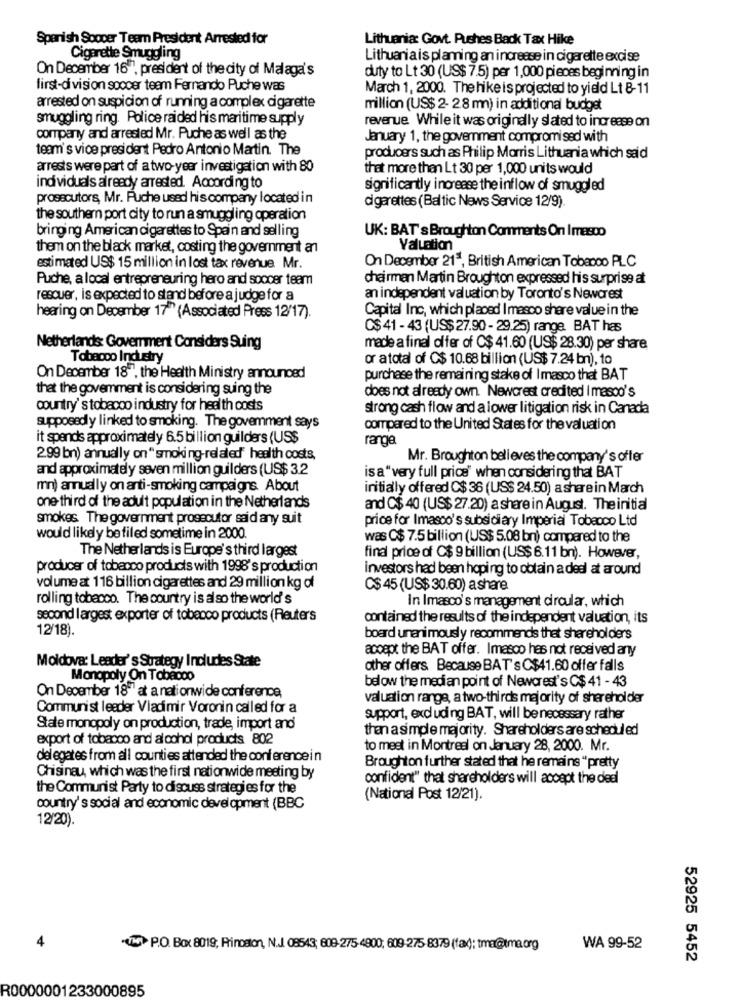
Spanish Soocer Teamn President Arrested for
Lithuania: Govt. Pushes Back Tax Hike
Cigarette Smuggling
Lithuania is planning an increase in cigarette excise
On December 16", president of the city of Malaga's
duty to Lt 30 (US$ 7.5) per 1,000 pieces beginning in
first-division soccer team Fernando Puche was
March 1, 2000. The hike is projected to yield Lt 8-11
arrested on suspicion of running a complex cigarette
million (US$ 2- 28 mn) in additional budget
smuggling ring. Police raided his maritime supply
revenue While it was originally slated to increase on
company and arrested Mr. Puche as well as the
January 1, the government compromised with
team's vice president Pedro Antonio Martin. The
producers such as Philip Morris Lithuania which said
arrests were part of a two-year investigation with 80
that more than Lt 30 per 1,000 units would
ind viduals already arrested. According to
significantly increase the inflow of smuggled
prosecutors, Mr. Puche used his company located in
cigarettes (Baltic News Service 12/9)
the southern port city to run a smuggling operation
UK: BAT's Broughton Comments On I mesco
bringing American cigarettes to Spain and selling
them on the black market, costing the government an
Valuation
estimated US$ 15 million in lost tax revenue Mr.
On December 21", British American Tobacco PLC
Puche, a local entrepreneuring hero and soccer team
chairman Martin Broughton expressed his surprise at
rescuer, is expected to stand before a judge for a
an independent valuation by Toronto's Newor est
Capital Inc, which placed I masco share value in the
hearing on December 17" (Associated Press 12/17).
C$ 41 - 43 (US$ 27.90 - 29.25) range. BAT has
Netherlands: Government Considers Suing
made a final oifer of C$ 41.60 (US$ 28.30) per share
Tobacco Industry
or atotal of C$ 10.68 billion (US$ 7.24 bn), 10
On December 18"", the Health Ministry announced
purchase the remaining stake of I masco that BAT
that the govemment is considering suing the
does not already own. Newcrest credited I masoo's
country's tobacco industry for health costs
strong cash flow and a lower litigation risk in Canada
supposedly linked to smoking. The govemment says
compared to the United States for the valuation
it spends approximately 6.5 billion guilders (US$
range
2.99 bn) annually on" smoking-relaled' health costs,
Mr. Broughton believes the company's offer
and approximately seven million guilders (US$ 3.2
is a"very full price" when considering that BAT
mn) annually on anti-smoking campaigns. About
initially offered C$ 36 (US$ 24.50) a share in March
one- third of the adult population in the Netherlands
and C$ 40 (US$ 27.20) a share in August. Theinitial
smokes The government prosecutor said any suit
price for Imasco's subsidiary Imperial Tobacco Ltd
would likely be filed sometime in 2000.
was C$ 7.5 billion (US$ 5.08 bn) compared to the
The Netherlands is Europe's third largest
final price of C$ 9 billion (US$ 6.11 bn). However,
producer of tobacco products with 1998's production
investors had been hoping to obtain a deel at around
volume at 116 billion cigarettes and 29 million kg of
C$ 45 (US$ 30.60) a share
rolling tobacco. The country is also the world's
In Imasco's management circular, which
second largest exporter of tobacco products (Reuters
contained the results of the independent valuation, its
12/18).
board unanimously recommends that shareholders
accept the BAT offer. Imasco has not received any
Moldova: Leader's Strategy Includes State
other offers Because BAT's C$41.60 offer falls
Monopoly On Tobacco
below the median point of Newcrest's C$ 41 - 43
On December 18"" at a nationwide conference,
valuation range, a two-thirds majority of shereholder
Communist leader Vladimir Voronin called for a
support, excluding BAT, will be necessary rather
Stałe monopoly on production, trade, import and
than a simple majority. Shareholders are scheduled
export of tobacco and alcohol products 802
to mest in Montreal on January 28, 2000. Mr.
delegates from all counties attended the conferencein
Broughton further stated that he remains "pretty
Chisinau, which was the first nationwide meeting by
confident" that shareholders will accept the deal
the Communist Party to discuss strategies for the
(National Post 12/21).
country's social and economic development (BBC
12/20)
4
15> P.O. Box 8019; Princeton, N.J. 08543; 609-275-4800; 609-275-8379 (faxd); tma@tma.org
WA 99-52
52925 5452
R0000001233000895